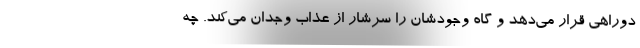
دوراهی قرار می‌دهد و گاه وجودشان را سرشار از عذاب وجدان می‌کند. چه